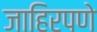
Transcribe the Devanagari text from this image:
जाहिरपणे